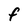
Character: f